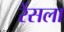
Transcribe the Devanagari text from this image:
रेंसला